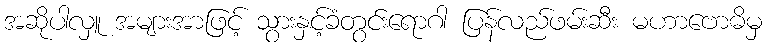
အဆိုပါလှူ အများအာဖြင့် သွားနှင့်ခံတွင်းရောဂါ ပြန်လည်ဖမ်းဆီး မဟာဗောဓိမှ